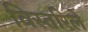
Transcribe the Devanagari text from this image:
विस्तरिले